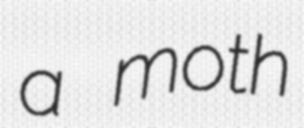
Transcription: a moth